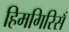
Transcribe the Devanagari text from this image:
हिमगिरिसँ